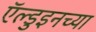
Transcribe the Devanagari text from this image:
ऍल्डुइनच्या